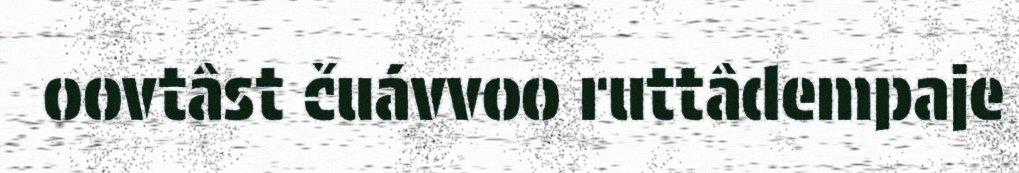
oovtâst čuávvoo ruttâdempaje